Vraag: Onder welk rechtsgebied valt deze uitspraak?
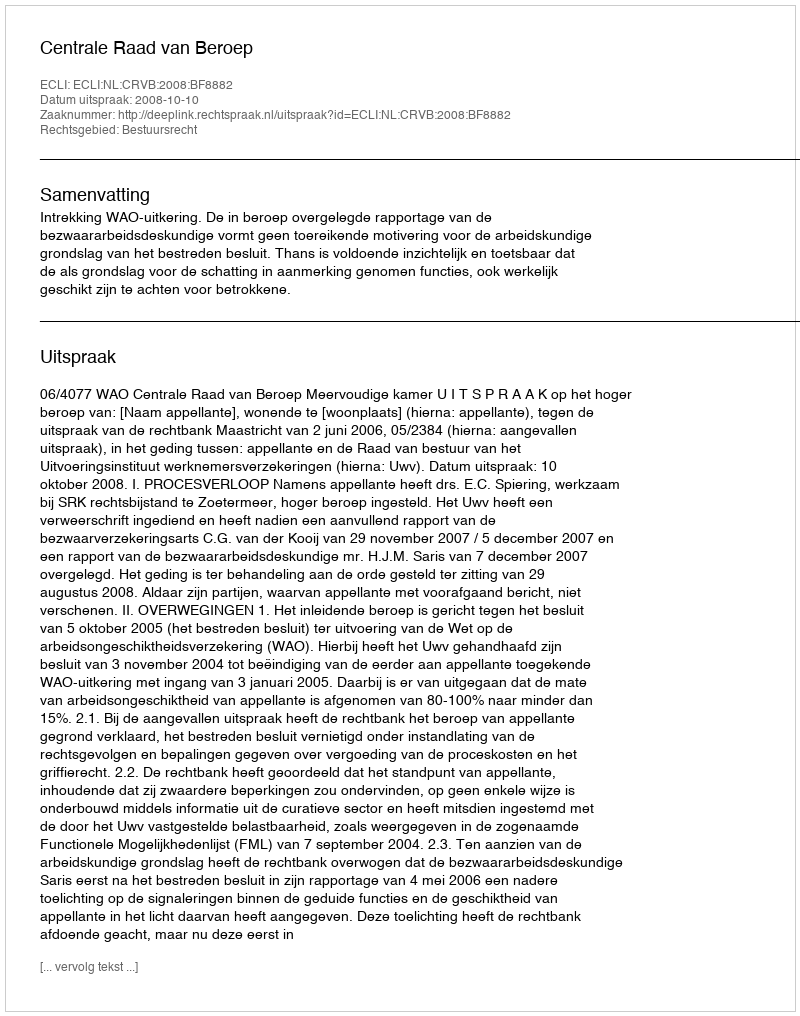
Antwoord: Bestuursrecht